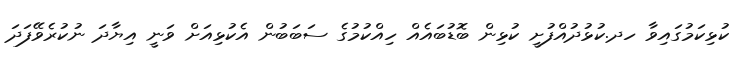
ކުޅިކަމުގައިވާ ހދ.ކުޅުދުއްފުށީ ކުޅިން ބޮޑުބައެއް ހިއްކުމުގެ ސަބަބުން އެކުޅިއަށް ވަނީ އިޔާދަ ނުކުރެވޭފަދަ